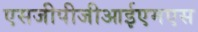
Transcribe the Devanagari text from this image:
एसजीपीजीआईएमएस